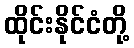
ထိုင်းနိုင်ငံတို့